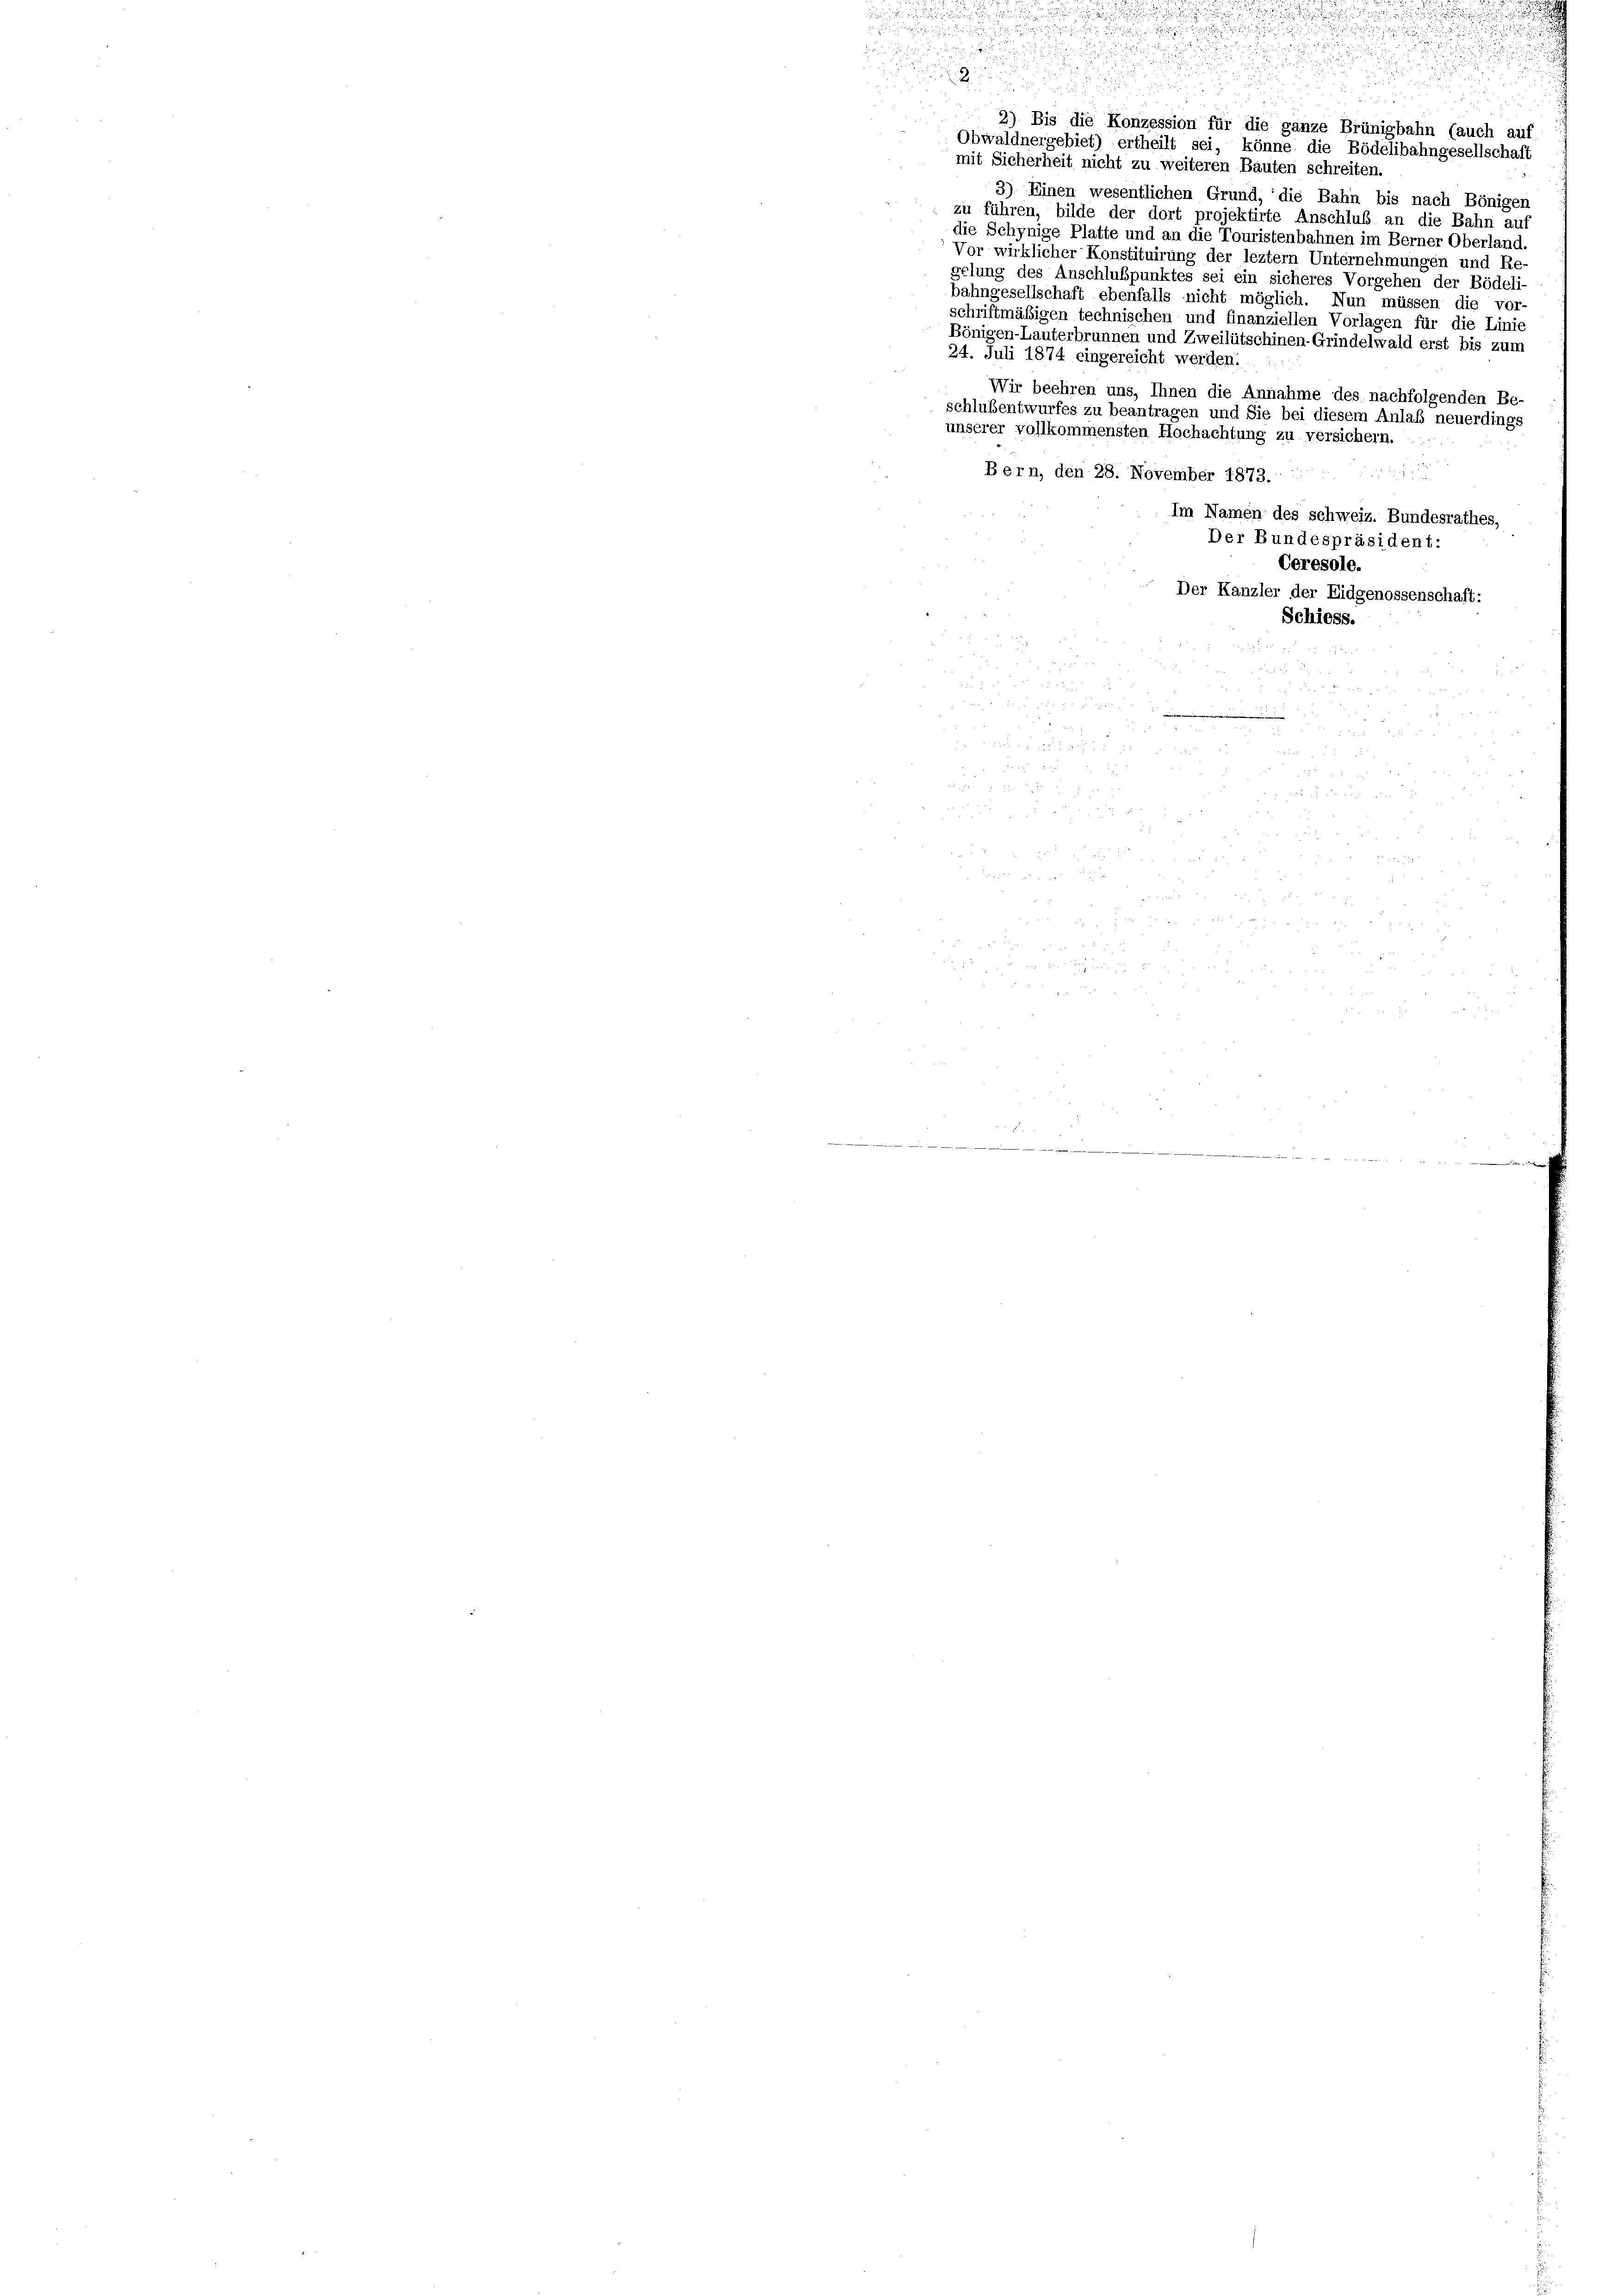
2

mit Sicherheit nicht zu weiteren Bauten schreiten
3) Einen wesentlichen Grund, die Bahn bis nach Bönigen
zu führen, bilde der dort projektirte Anschluß an die Bahn auf
die Schynige Platte und an die Touristenbahnen im Berner Oberland.
Vor wirklicher Konstituirung der leztem Unternehmungen und Re-
gelung des Anschlußpunktes sei ein sicheres Vorgehen der Bödeli-
bahngesellschaft ebenfalls nicht möglich. Nun müssen die vor-
schriftmäßigen technischen und finanziellen Vorlagen für die Linie
Bönigen-Lauterbrunnen und Zweilütschinen-Grindelwald erst bis zum
24. Juli 1874 eingereicht werden.
Wir beehren uns, Ihnen die Annahme des nachfolgenden Be-
schlußentwurfes zu beantragen und Sie bei diesem Anlaß neuerdings
unserer vollkommensten Hochachtung zu versichern.
Bern, den 28. November 1873.
Im Namen des schweiz. Bundesrathes,
Der Bundespräsident:
Ceresole.
Der Kanzler der Eidgenossenschaft:
Schiess.
a

u
a 20 x

2) Bis die Konzession für die ganze Brünigbahn (auch auf
Obwaldnergebiet) ertheilt sei, könne die Bödelibahngesellschaft

u
d

d

.

wir
a
d
s
 f 0 x 2 x
e
            22
2
3
2
e

  den den seien den den er in und es war ni dann ein ein